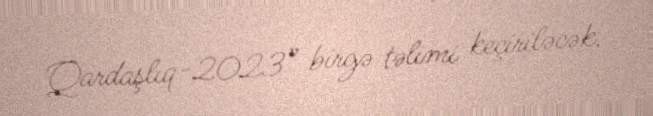
Qardaşlıq-2023” birgə təlimi keçiriləcək.